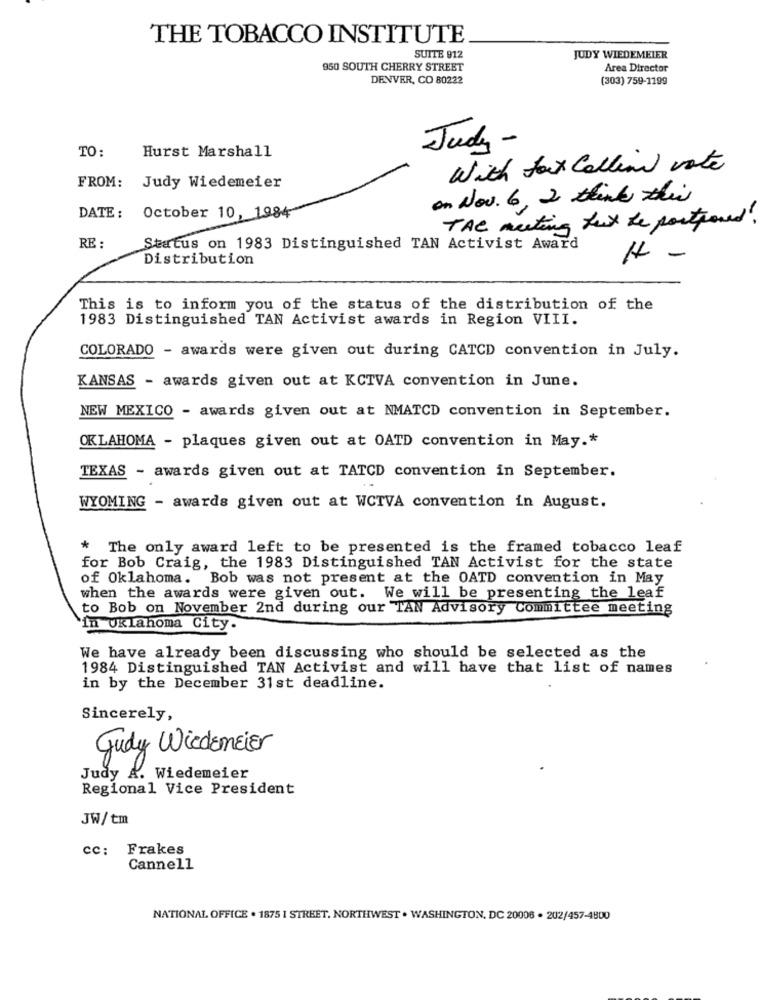
THE TOBACCO INSTITUTE
SUITE 912
JUDY WIEDEMEIER
950 SOUTH CHERRY STREET
Area Director
DENVER, CO 80222
(303) 759-1199
Judy -
TO:
Hurst Marshall
With fox Colline vote
FROM: Judy Wiedemeier
on Nov. 6, 2 think this
DATE: October 10, 1984
THE meeting fox be postponed!
RE :
Status on 1983 Distinguished TAN Activist Award
Distribution
H -
This is to inform you of the status of the distribution of the
1983 Distinguished TAN Activist awards in Region VIII.
COLORADO - awards were given out during CATCD convention in July.
KANSAS - awards given out at KCTVA convention in June.
NEW MEXICO - awards given out at NMATCD convention in September.
OKLAHOMA - plaques given out at OATD convention in May .*
TEXAS - awards given out at TATCD convention in September.
WYOMING - awards given out at WCTVA convention in August.
* The only award left to be presented is the framed tobacco leaf
for Bob Craig, the 1983 Distinguished TAN Activist for the state
of Oklahoma. Bob was not present at the OATD convention in May
when the awards were given out. We will be presenting the leaf
to Bob on November 2nd during our TAN Advisory Committee meeting
in Oklahoma City.
We have already been discussing who should be selected as the
1984 Distinguished TAN Activist and will have that list of names
in by the December 31st deadline.
Sincerely,
Judy WiedemEier
Judy A. Wiedemeier
Regional Vice President
JW/tm
cc: Frakes
Cannell
NATIONAL OFFICE . 1875 I STREET, NORTHWEST . WASHINGTON, DC 20006 . 202/457-4800